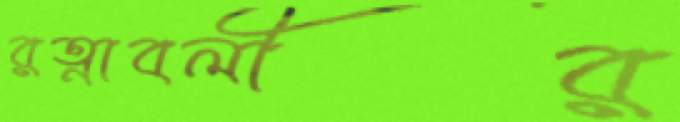
রত্নাবলীর